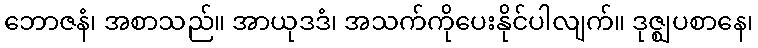
ဘောဇနံ၊ အစာသည်။ အာယုဒဒံ၊ အသက်ကိုပေးနိုင်ပါလျက်။ ဒုဇ္ဈပစာနေ၊